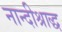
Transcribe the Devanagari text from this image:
नान्दीश्राद्ध